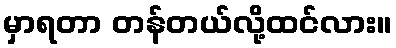
မှာရတာ တန်တယ်လို့ထင်လား။